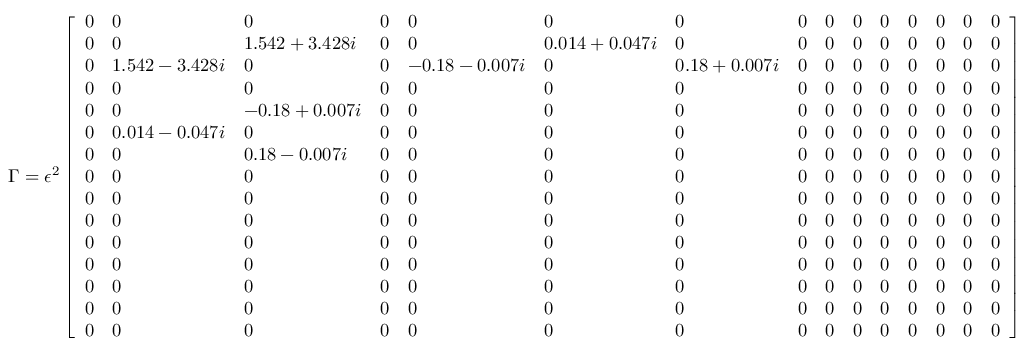
\Gamma = \epsilon ^ { 2 } \left[ \begin{array} { l l l l l l l l l l l l l l l } { 0 } & { 0 } & { 0 } & { 0 } & { 0 } & { 0 } & { 0 } & { 0 } & { 0 } & { 0 } & { 0 } & { 0 } & { 0 } & { 0 } & { 0 } \\ { 0 } & { 0 } & { 1 . 5 4 2 + 3 . 4 2 8 i } & { 0 } & { 0 } & { 0 . 0 1 4 + 0 . 0 4 7 i } & { 0 } & { 0 } & { 0 } & { 0 } & { 0 } & { 0 } & { 0 } & { 0 } & { 0 } \\ { 0 } & { 1 . 5 4 2 - 3 . 4 2 8 i } & { 0 } & { 0 } & { - 0 . 1 8 - 0 . 0 0 7 i } & { 0 } & { 0 . 1 8 + 0 . 0 0 7 i } & { 0 } & { 0 } & { 0 } & { 0 } & { 0 } & { 0 } & { 0 } & { 0 } \\ { 0 } & { 0 } & { 0 } & { 0 } & { 0 } & { 0 } & { 0 } & { 0 } & { 0 } & { 0 } & { 0 } & { 0 } & { 0 } & { 0 } & { 0 } \\ { 0 } & { 0 } & { - 0 . 1 8 + 0 . 0 0 7 i } & { 0 } & { 0 } & { 0 } & { 0 } & { 0 } & { 0 } & { 0 } & { 0 } & { 0 } & { 0 } & { 0 } & { 0 } \\ { 0 } & { 0 . 0 1 4 - 0 . 0 4 7 i } & { 0 } & { 0 } & { 0 } & { 0 } & { 0 } & { 0 } & { 0 } & { 0 } & { 0 } & { 0 } & { 0 } & { 0 } & { 0 } \\ { 0 } & { 0 } & { 0 . 1 8 - 0 . 0 0 7 i } & { 0 } & { 0 } & { 0 } & { 0 } & { 0 } & { 0 } & { 0 } & { 0 } & { 0 } & { 0 } & { 0 } & { 0 } \\ { 0 } & { 0 } & { 0 } & { 0 } & { 0 } & { 0 } & { 0 } & { 0 } & { 0 } & { 0 } & { 0 } & { 0 } & { 0 } & { 0 } & { 0 } \\ { 0 } & { 0 } & { 0 } & { 0 } & { 0 } & { 0 } & { 0 } & { 0 } & { 0 } & { 0 } & { 0 } & { 0 } & { 0 } & { 0 } & { 0 } \\ { 0 } & { 0 } & { 0 } & { 0 } & { 0 } & { 0 } & { 0 } & { 0 } & { 0 } & { 0 } & { 0 } & { 0 } & { 0 } & { 0 } & { 0 } \\ { 0 } & { 0 } & { 0 } & { 0 } & { 0 } & { 0 } & { 0 } & { 0 } & { 0 } & { 0 } & { 0 } & { 0 } & { 0 } & { 0 } & { 0 } \\ { 0 } & { 0 } & { 0 } & { 0 } & { 0 } & { 0 } & { 0 } & { 0 } & { 0 } & { 0 } & { 0 } & { 0 } & { 0 } & { 0 } & { 0 } \\ { 0 } & { 0 } & { 0 } & { 0 } & { 0 } & { 0 } & { 0 } & { 0 } & { 0 } & { 0 } & { 0 } & { 0 } & { 0 } & { 0 } & { 0 } \\ { 0 } & { 0 } & { 0 } & { 0 } & { 0 } & { 0 } & { 0 } & { 0 } & { 0 } & { 0 } & { 0 } & { 0 } & { 0 } & { 0 } & { 0 } \\ { 0 } & { 0 } & { 0 } & { 0 } & { 0 } & { 0 } & { 0 } & { 0 } & { 0 } & { 0 } & { 0 } & { 0 } & { 0 } & { 0 } & { 0 } \end{array} \right]